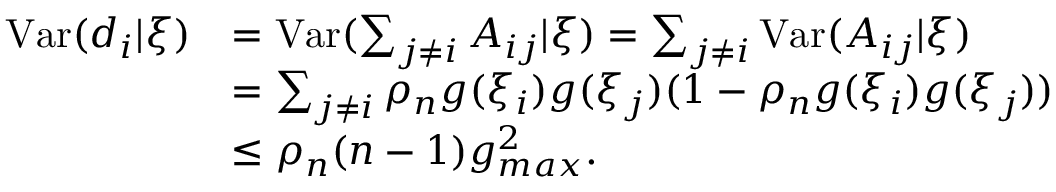
\begin{array} { r l } { \mathrm { V a r } ( d _ { i } | \xi ) } & { = \mathrm { V a r } ( \sum _ { j \neq i } A _ { i j } | \xi ) = \sum _ { j \neq i } \mathrm { V a r } ( A _ { i j } | \xi ) } \\ & { = \sum _ { j \neq i } \rho _ { n } g ( \xi _ { i } ) g ( \xi _ { j } ) ( 1 - \rho _ { n } g ( \xi _ { i } ) g ( \xi _ { j } ) ) } \\ & { \leq \rho _ { n } ( n - 1 ) g _ { m a x } ^ { 2 } . } \end{array}